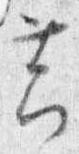
節